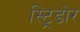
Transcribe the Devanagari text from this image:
स्ट्रिडोर